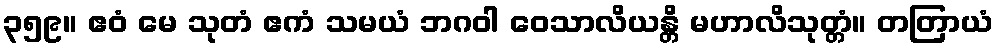
၃၅၉။ ဧဝံ မေ သုတံ ဧကံ သမယံ ဘဂဝါ ဝေသာလိယန္တိ မဟာလိသုတ္တံ။ တတြာယံ